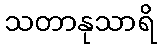
သတာနုသာရိ